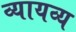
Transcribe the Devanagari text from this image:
व्यायव्य